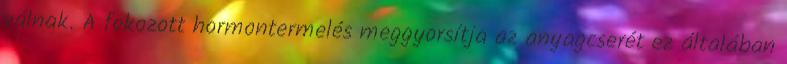
válnak. A fokozott hormontermelés meggyorsítja az anyagcserét ez általában